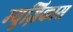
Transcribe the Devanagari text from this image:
म्युज़िकास